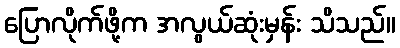
ပြောလိုက်ဖို့က အလွယ်ဆုံးမှန်း သိသည်။